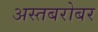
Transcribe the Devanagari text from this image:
अस्तबरोबर